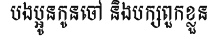
បងប្អូនកូនចៅ និងបក្សពួកខ្លួន